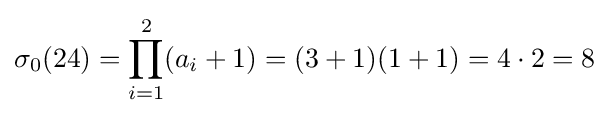
\sigma _{0}(24)=\prod _{i=1}^{2}(a_{i}+1)=(3+1)(1+1)=4\cdot 2=8